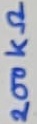
Text: 200KΩ